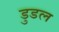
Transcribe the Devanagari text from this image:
डुडल